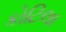
કોટિલા